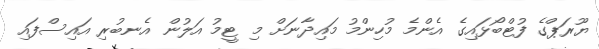
ޔޫރަޕްގެ ފުޓްބޯޅައިގެ އެންމެ މުހިންމު މައިދާނަށް މި ޓީމު އަލުން އެނބުރި އައިސްފައި